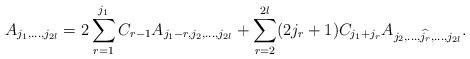
LaTeX: \begin{align*} A_{j_1,\ldots,j_{2l}} = 2\sum_{r=1}^{j_1} C_{r-1} A_{j_1-r,j_2,\ldots,j_{2l}} + \sum_{r=2}^{2l}(2j_r+1) C_{j_1+j_r} A_{j_2,\ldots,\widehat{j_r},\ldots,j_{2l}}.\end{align*}